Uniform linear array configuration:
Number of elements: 48
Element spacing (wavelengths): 0.5
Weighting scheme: hamming
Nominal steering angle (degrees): -60
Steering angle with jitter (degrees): -61.733
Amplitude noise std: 0.05
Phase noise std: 0.05

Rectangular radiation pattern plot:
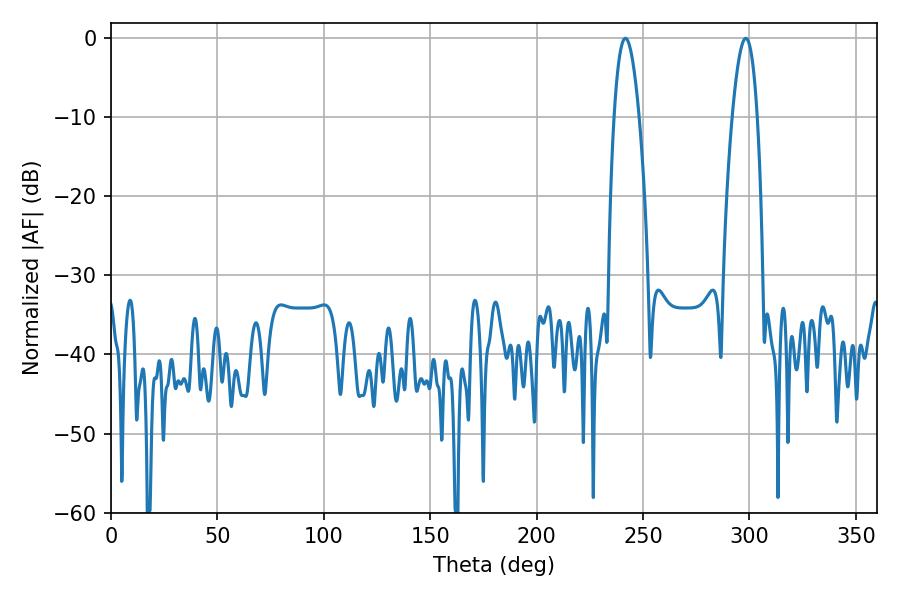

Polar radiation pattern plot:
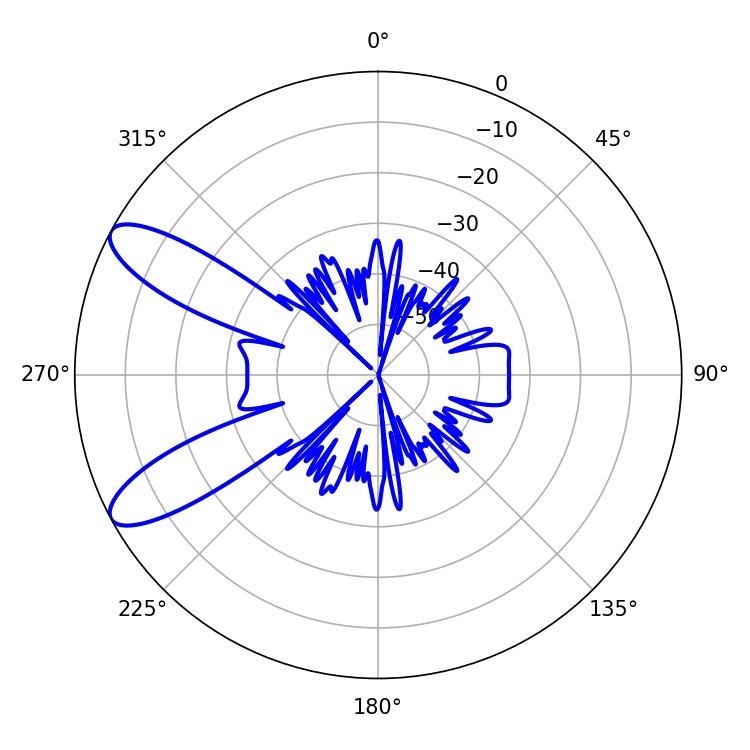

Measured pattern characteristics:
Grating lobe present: FALSE
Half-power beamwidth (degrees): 6.48
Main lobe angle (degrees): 241.74